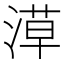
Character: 𣺞